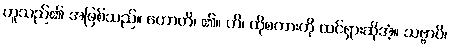
တူသည်၏ အဖြစ်သည်။ ဟောတိ၊ ၏။ ဟိ၊ ထိုစကားကို ထင်ရှားဆိုအံ့။ သဗ္ဗာပိ၊